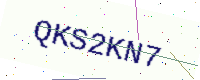
Text: QKS2KN7